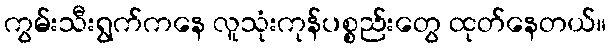
ကွမ်းသီးရွက်ကနေ လူသုံးကုန်ပစ္စည်းတွေ ထုတ်နေတယ်။